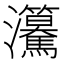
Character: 𤅲